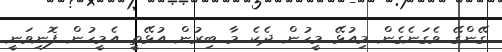
ގޭންގޭ ވެގަނެގެން މިއުޅޭ މީހުން ދެކެ މާ ބިރުން އުޅޭތީ އެމީހުން ފޮނިވަނީ